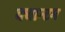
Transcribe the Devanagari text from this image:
क्‍वान्‍टम